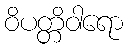
ဝိပတ္တိဝါရော